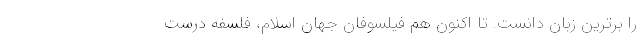
را برترین زبان دانست. تا اکنون هم فیلسوفان جهان اسلام، فلسفه درست